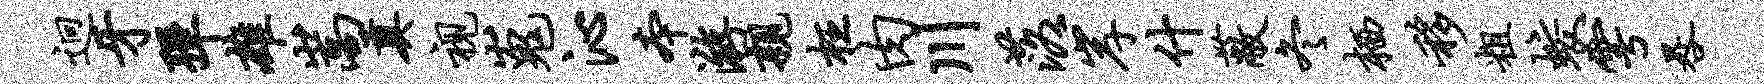
迥牙弹雄嵩奠视嵬沁本游亲枉肉川落岸什蔽冬栖移粗蛟雩晷